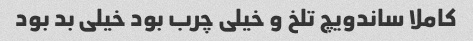
کاملا ساندویچ تلخ و خیلی چرب بود خیلی بد بود